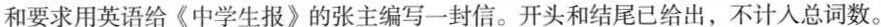
和要求用英语给《中学生报》的张主编写一封信。开头和结尾已给出，不计入总词数。